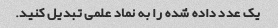
یک عدد داده شده را به نماد علمی تبدیل کنید.